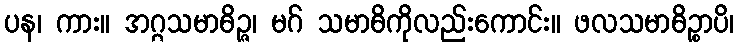
ပန၊ ကား။ အဂ္ဂသမာဓိဉ္ဇ၊ မဂ် သမာဓိကိုလည်းကောင်း။ ဖလသမာဓိဉ္စာပိ၊